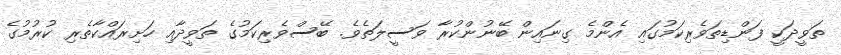
ތަވީދަކީ ފަންޑިތަވެރިކަމުގައި އެންމެ ގިނައިން ބޭނުންކުރާ ވަސީލަތެވެ. ބޭސްވެރިކަމުގެ ތަވީދާއި ހަށިރައްކާތެރި ކުރުމުގެ